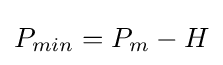
P_{min}=P_{m}-H